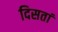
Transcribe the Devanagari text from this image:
दिसतां